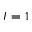
I = 1